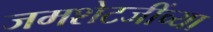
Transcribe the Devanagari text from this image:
जमशेटजींच्या